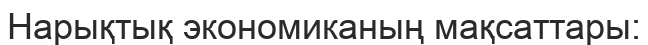
Нарықтық экономиканың мақсаттары: